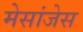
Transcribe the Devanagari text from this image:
मेसांजेस